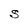
Character: S